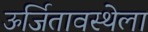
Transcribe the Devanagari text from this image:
ऊर्जितावस्थेला